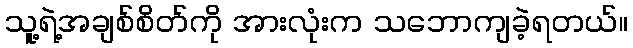
သူ့ရဲ့အချစ်စိတ်ကို အားလုံးက သဘောကျခဲ့ရတယ်။